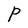
Character: P